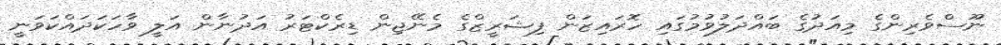
ނޫސްވެރިންގެ މިއަދުގެ ބައްދަލުވުމުގައި ހޮރައިޒަން ފިޝަރީޒްގެ މެނޭޖިން ޑިރެކްޓަރު އަދުނާން އަލީ ވާހަކަދައްކަވަނީ